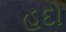
હદો